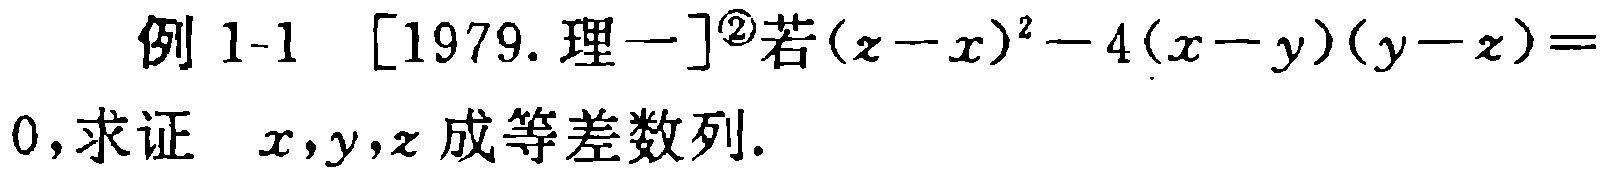
例 1-1 [1979. 理一]$^{\circled{2}}$若$(z - x)^{2}-4(x - y)(y - z)=0$, 求证 $x,y,z$ 成等差数列.